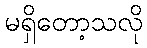
မရှိတော့သလို